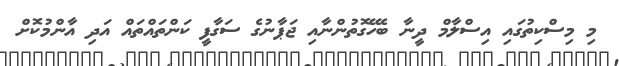
މި މިސްކިތުގައި އިސްލާމް ދީނާ ބެހޭގޮތުންނާއި ޖަޕާނުގެ ސަގާފީ ކަންތައްތައް އަދި އާންމުކޮށް